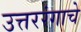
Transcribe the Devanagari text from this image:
उत्तररंगाचे